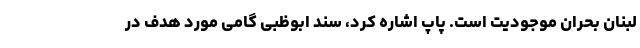
لبنان بحران موجودیت است. پاپ اشاره کرد، سند ابوظبی گامی مورد هدف در